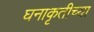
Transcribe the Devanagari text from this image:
घनाकृतीच्या